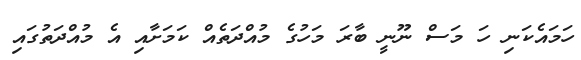
ހަމައެކަނި ހަ މަސް ނޫނީ ބާރަ މަހުގެ މުއްދަތެއް ކަމަށާއި އެ މުއްދަތުގައި